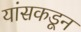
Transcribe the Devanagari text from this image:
यांसकडून